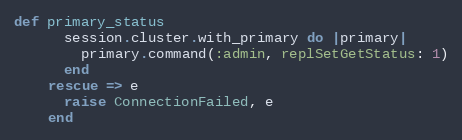
Language: Ruby
def primary_status
      session.cluster.with_primary do |primary|
        primary.command(:admin, replSetGetStatus: 1)
      end
    rescue => e
      raise ConnectionFailed, e
    end